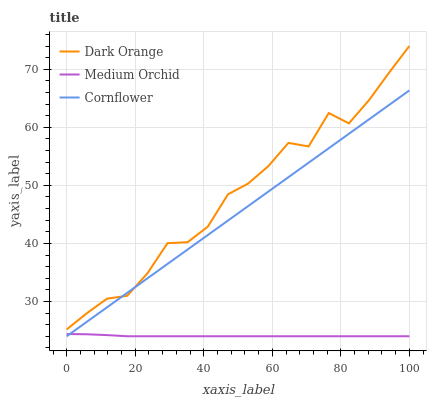
| xaxis_label | Dark Orange | Medium Orchid | Cornflower |
 | --- | --- | --- | --- |
 | 0 | 25.2 | 24.4 | 24 |
 | 5.88 | 28 | 24.3 | 26.5 |
 | 11.8 | 30.5 | 24.2 | 29 |
 | 17.6 | 31 | 24 | 31.5 |
 | 23.5 | 34.8 | 24 | 34 |
 | 29.4 | 40 | 24 | 36.5 |
 | 35.3 | 40.2 | 24 | 39 |
 | 41.2 | 42.9 | 24 | 41.4 |
 | 47.1 | 48.5 | 24 | 43.9 |
 | 52.9 | 50.3 | 24 | 46.4 |
 | 58.8 | 53.3 | 24 | 48.9 |
 | 64.7 | 57.3 | 24 | 51.4 |
 | 70.6 | 56.7 | 24 | 53.9 |
 | 76.5 | 62.5 | 24 | 56.4 |
 | 82.4 | 60.7 | 24 | 58.9 |
 | 88.2 | 64.7 | 24 | 61.4 |
 | 94.1 | 69.4 | 24 | 63.9 |
 | 100 | 74 | 24 | 66.4 |